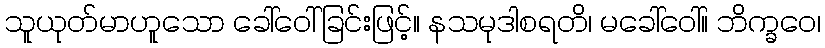
သူယုတ်မာဟူသော ခေါ်ဝေါ်ခြင်းဖြင့်။ နသမုဒါစရတိ၊ မခေါ်ဝေါ်။ ဘိက္ခဝေ၊